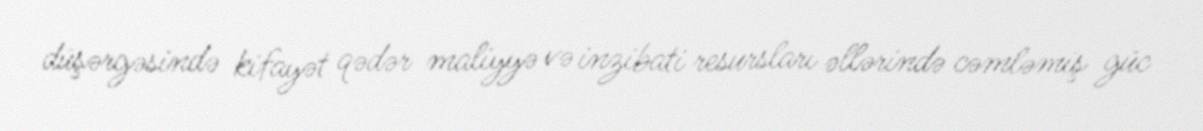
düşərgəsində kifayət qədər maliyyə və inzibati resursları əllərində cəmləmiş güc